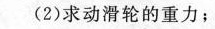
(2)求动滑轮的重力；